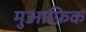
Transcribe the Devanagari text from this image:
मुआफ़िक